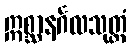
ဣစ္ဆာနင်္ဂလသုတ္တံ